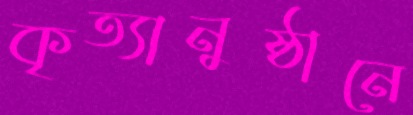
কৃত্যানুষ্ঠানে